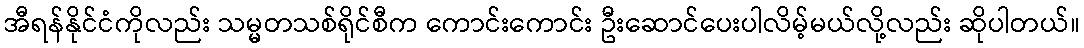
အီရန်နိုင်ငံကိုလည်း သမ္မတသစ်ရိုင်စီက ကောင်းကောင်း ဦးဆောင်ပေးပါလိမ့်မယ်လို့လည်း ဆိုပါတယ်။